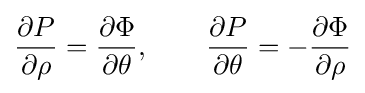
{\frac {\partial P}{\partial \rho }}={\frac {\partial \Phi }{\partial \theta }},\ \ \ \ \ \ {\frac {\partial P}{\partial \theta }}=-{\frac {\partial \Phi }{\partial \rho }}